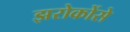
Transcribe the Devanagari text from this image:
झरोकोंसे